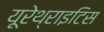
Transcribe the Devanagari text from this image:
यूरेथ्राइटिस